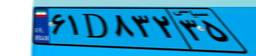
۶۱D۸۳۲۳۵